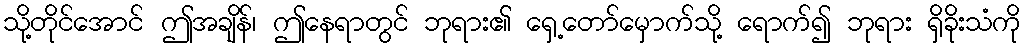
သို့တိုင်အောင် ဤအချိန်၊ ဤနေရာတွင် ဘုရား၏ ရှေ့တော်မှောက်သို့ ရောက်၍ ဘုရား ရှိခိုးသံကို